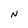
Character: N